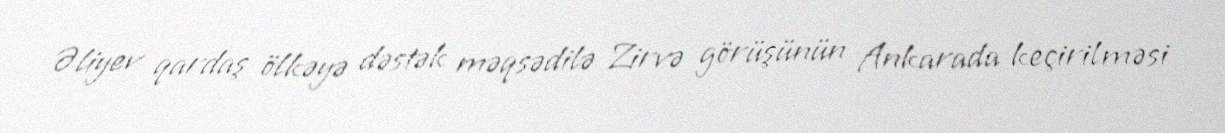
Əliyev qardaş ölkəyə dəstək məqsədilə Zirvə görüşünün Ankarada keçirilməsi